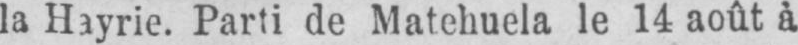
la Hayrie. Parti de Matehuela le 14 août à